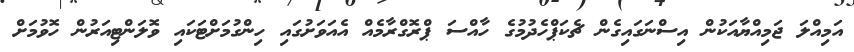
އަމިއްލަ ޖަމިއްޔާއަކުން އިސްނަގައިގެން ޗެކަޕްހެދުމުގެ ހާއްސަ ޕްރޮގްރާމެއް އެއަވަށުގައި ހިންގުމަށްޓަކައި ވޮލަންޓިއަރުން ހޮވުމަށް